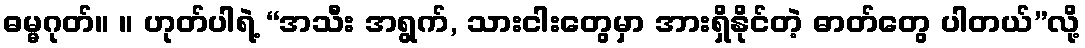
ဓမ္မဂုတ်။ ။ ဟုတ်ပါရဲ့ “အသီး အရွက်, သားငါးတွေမှာ အားရှိနိုင်တဲ့ ဓာတ်တွေ ပါတယ်”လို့